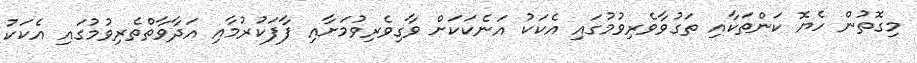
މިގޮތުން ހެޔޮ ކަންތަކާއި ތަގުވާވެރިވުމުގައި އެކަކު އަނެކަކަށް ވާގިވެރިވުމަށާއި ފާފަކުރުމާއި އަދާވާތްތެރިވުމުގައި އެކަކު